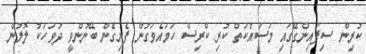
ކުރިން ސިފައިންގޭގައި މަސައްކަތް ކުރި ކްރިސް ހަމައެވަގުން ފެށިގެން ބޭނުންވީ ދުވަހަކު ލޮލުން